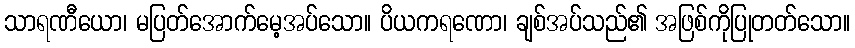
သာရဏီယော၊ မပြတ်အောက်မေ့အပ်သော။ ပိယကရဏော၊ ချစ်အပ်သည်၏ အဖြစ်ကိုပြုတတ်သော။